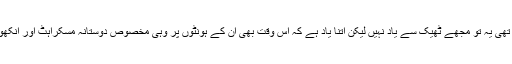
حسن صہیب مراد سے میری پہلی ملاقات کب اور کہاں ہوئی تھی یہ تو مجھے ٹھیک سے یاد نہیں لیکن اتنا یاد ہے کہ اس وقت بھی ان کے ہونٹوں پر وہی مخصوص دوستانہ مسکراہٹ اور آنکھوں میں محبت کی چمک تھی جو زندگی بھر ان کے ساتھ رہی۔